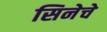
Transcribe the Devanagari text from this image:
सिनेचे